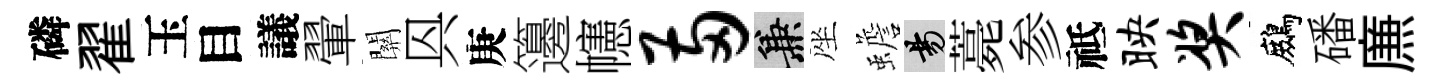
磷翟玉目議翬關㒷庚籩幰两兼座蟾昜薧参祗映奖鷓磻㢘